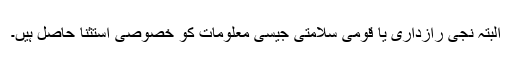
البتہ نجی رازداری یا قومی سلامتی جیسی معلومات کو خصوصی استثنا حاصل ہیں۔